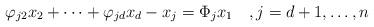
LaTeX: \begin{align*}\varphi_{j2} x_2 + \cdots + \varphi_{jd} x_d -x_j = \Phi_j x_1\quad,j=d+1,\dots, n\end{align*}